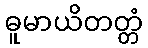
ဓူမာယိတတ္တံ